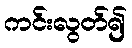
ကင်းလွတ်၍